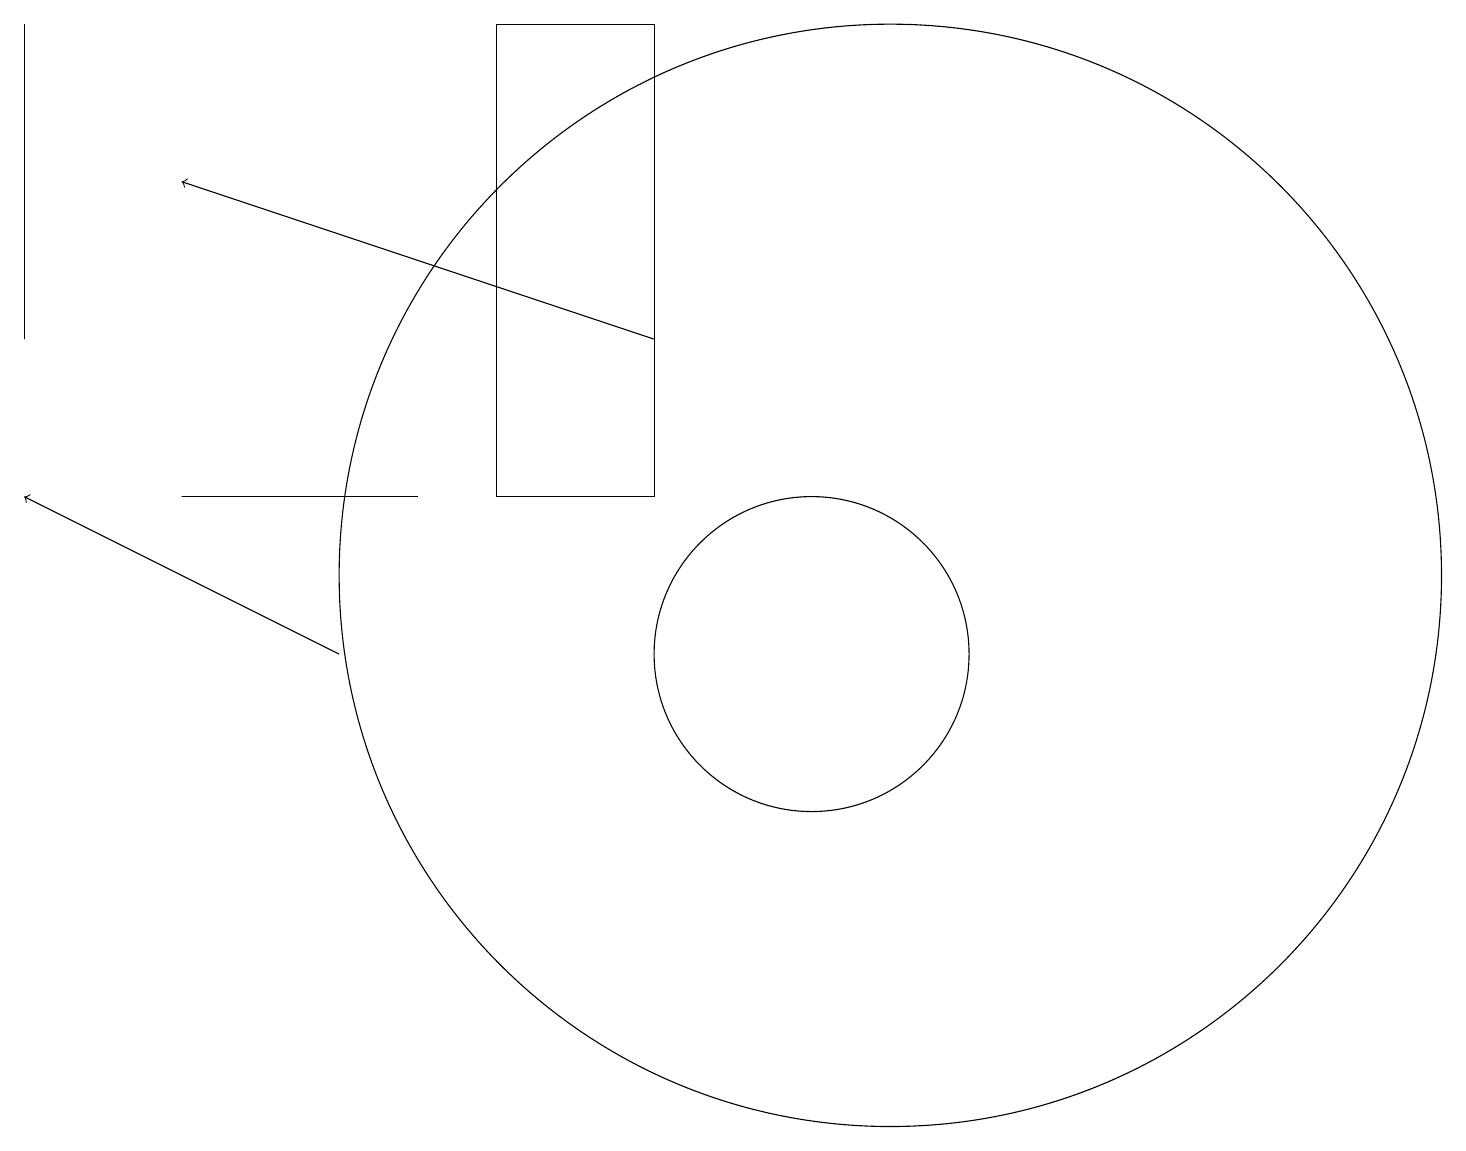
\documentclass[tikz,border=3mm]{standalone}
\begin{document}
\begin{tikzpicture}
\draw (7,12) rectangle (9,18);
\draw (12,11) circle (7);
\draw (10,10) circle (0);
\draw (11,10) circle (2);
\draw[->] (5,10) -- (1,12);
\draw[->] (9,14) -- (3,16);
\draw (3,12) rectangle (6,12);
\draw (1,14) rectangle (1,18);
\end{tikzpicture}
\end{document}